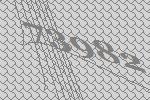
73982